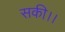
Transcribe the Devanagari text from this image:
सकी।।